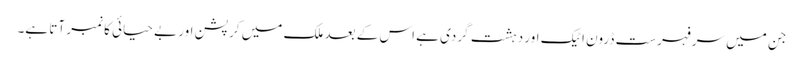
جن میں سرفہرست ڈرون اٹیک اور دہشت گردی ہے اس کے بعد ملک میں کرپشن اور بے حیائی کا نمبر آتا ہے۔